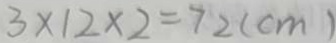
3 \times 1 2 \times 2 = 7 2 ( c m )